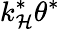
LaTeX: k_{\mathcal{H}}^{*}\theta^{*}